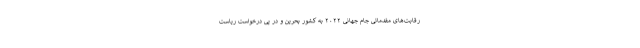
رقابت‌های مقدماتی جام جهانی ۲۰۲۲ به کشور بحرین و در پی درخواست ریاست